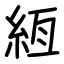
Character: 絚